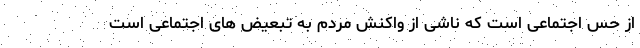
از حس اجتماعی است که ناشی از واکنش مردم به تبعیض های اجتماعی است